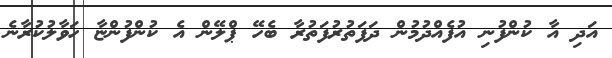
އަދި އާ ކުންފުނި އުފެއްދުމުން ދަފަތުރުފަތުރާ ބެހޭ ޕްލޭން އެ ކުންފުންޏާ ހަވާލުކުރާނެ